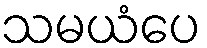
သမယံပေ